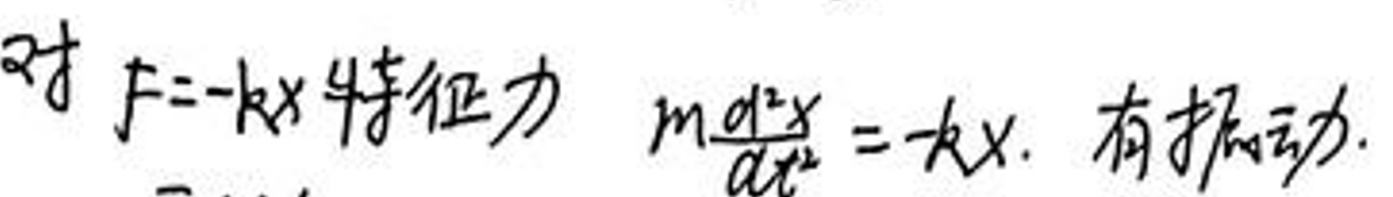
对 $F = -kx$ 特征力，$m\frac{d^{2}x}{dt^{2}} = -kx$，有振动.